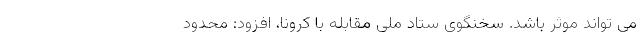
می تواند موثر باشد. سخنگوی ستاد ملی مقابله با کرونا، افزود: محدود